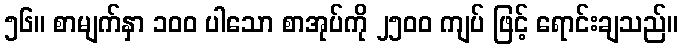
၅၆။ စာမျက်နှာ ၁၀၀ ပါသော စာအုပ်ကို ၂၅၀၀ ကျပ် ဖြင့် ရောင်းချသည်။